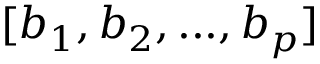
[ b _ { 1 } , b _ { 2 } , . . . , b _ { p } ]